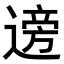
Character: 𫐼